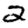
Digit: 2